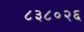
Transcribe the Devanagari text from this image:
८३८०२६